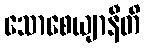
သောစေယျာနီတိ